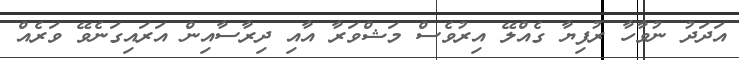
އަދަދު ނުވާހާ ރުފިޔާ ގެއްލޭ އިރުވެސް މަޝްވަރާ އާއި ދިރާސާއިން އަރައިގަނެވޭ ވަރެއް